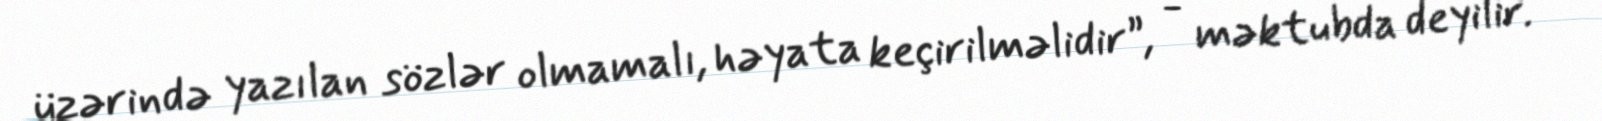
üzərində yazılan sözlər olmamalı, həyata keçirilməlidir”, - məktubda deyilir.